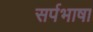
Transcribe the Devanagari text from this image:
सर्पभाषा